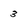
Character: 3